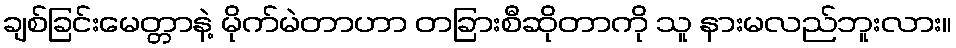
ချစ်ခြင်းမေတ္တာနဲ့ မိုက်မဲတာဟာ တခြားစီဆိုတာကို သူ နားမလည်ဘူးလား။